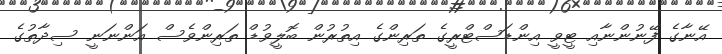
އޭނާގެ ފޭނުންނާއި ޓީވީ އިންޑަސްޓްރީގެ ތަރިންގެ އިތުރުން ބޮލީވުޑް ތަރިންވެސް އަންނަނީ ސިދާތުގެ